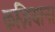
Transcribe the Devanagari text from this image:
क़ज़ियाना